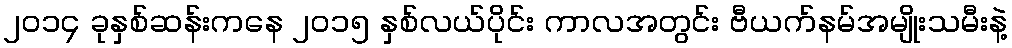
၂၀၁၄ ခုနှစ်ဆန်းကနေ ၂၀၁၅ နှစ်လယ်ပိုင်း ကာလအတွင်း ဗီယက်နမ်အမျိုးသမီးနဲ့